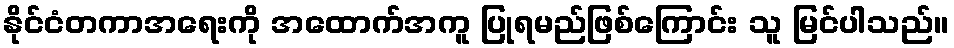
နိုင်ငံတကာအရေးကို အထောက်အကူ ပြုရမည်ဖြစ်ကြောင်း သူ မြင်ပါသည်။